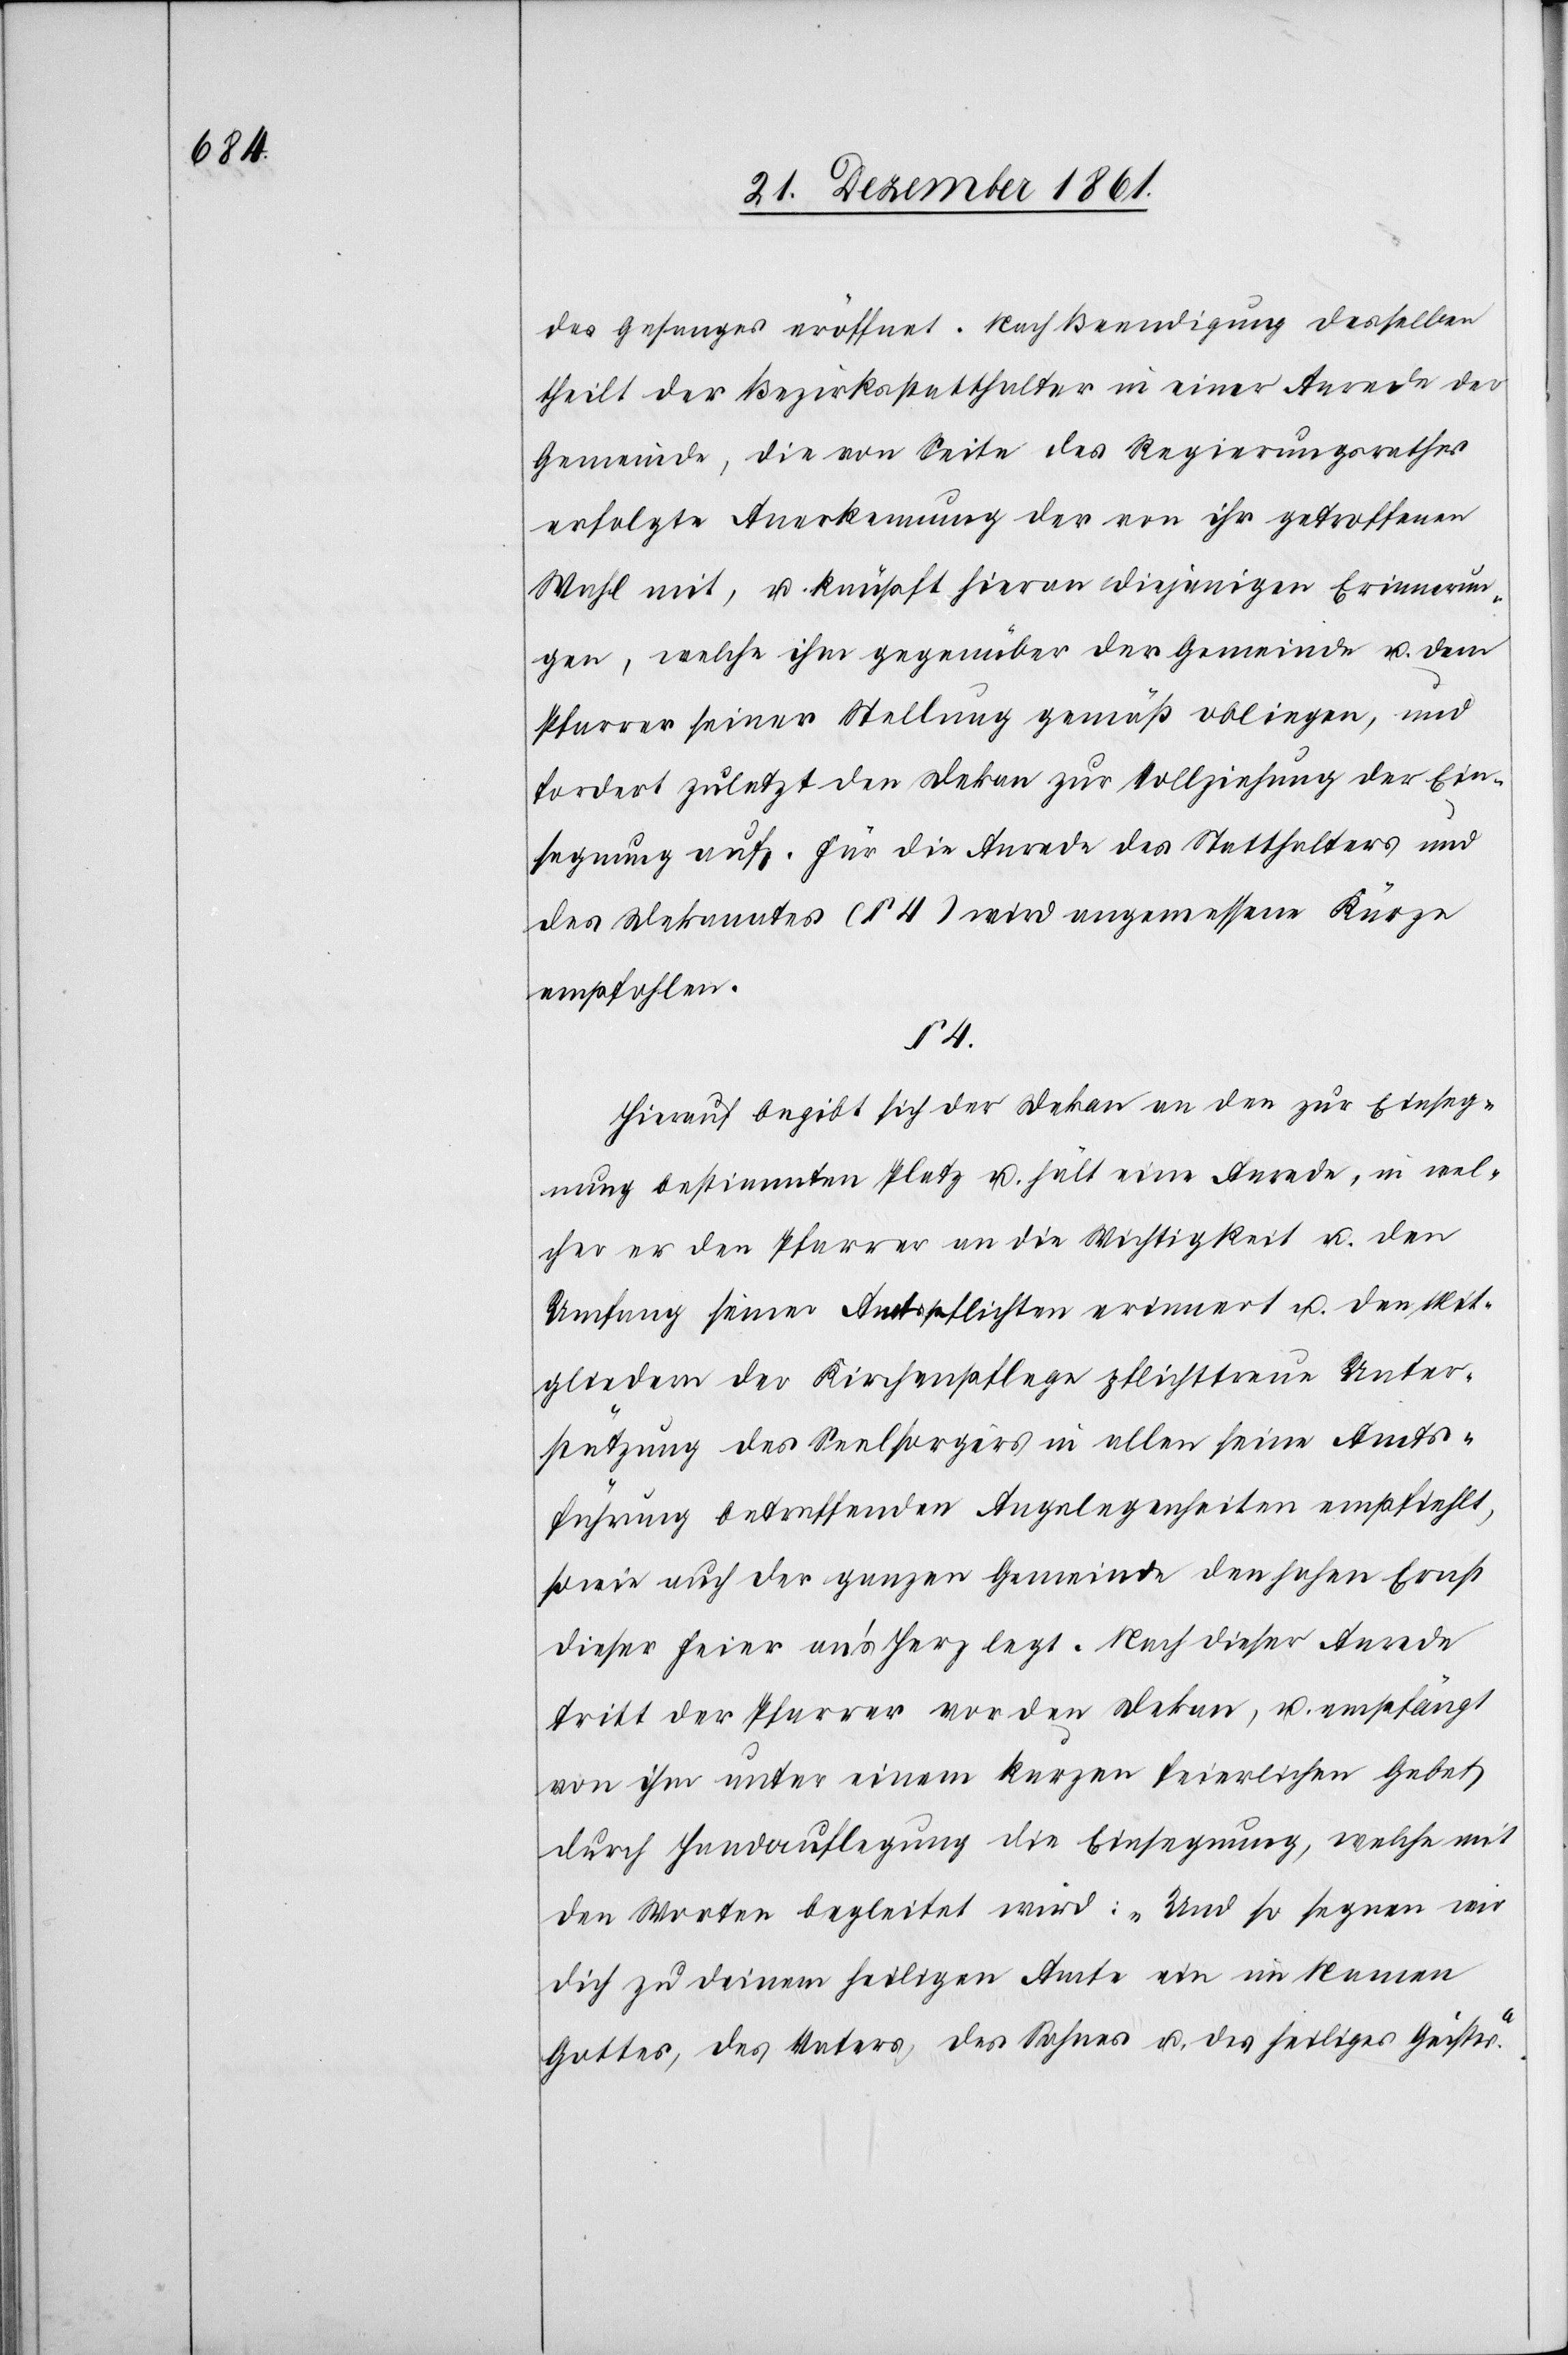
des Gesanges eröffnet. Nach Beendigung desselben
theilt der Bezirksstatthalter in einer Anrede der
Gemeinde, die von Seite des Regierungsrathes
erfolgte Anerkennung der von ihr getroffenen
Wahl mit, u. knüpft hieran diejenigen Erinnerun¬
gen, welche ihm gegenüber der Gemeinde u. dem
Pfarrer seiner Stellung gemäß obliegen, und
fordert zuletzt der Dekan zur Vollziehung der Ein¬
segnung auf. Für die Anrede des Statthalters und
des Dekanates (§ 4) wird angemessene Kürze
empfohlen.
§ 4.
Hierauf begibt sich der Dekan an den zur Einseg¬
nung bestimmten Platz u. hält eine Anrede, in wel¬
cher er den Pfarrer an die Wichtigkeit u. den
Umfang seiner Amtspflichten erinnert u. den Mit¬
gliedern der Kirchenpflege pflichttreue Unter¬
stützung des Seelsorgers in allen seine Amts¬
führung betreffenden Angelegenheiten empfiehlt,
sowie auch der ganzen Gemeinde dem hohen Ernst
dieser Feier an’s Herz legt. Nach dieser Anrede
tritt der Pfarrer vor den Dekan, u. empfängt
von ihm unter einem kurzen feierlichen Gebet
durch Handauflegung die Einsegnung, welche mit
den Worten begleitet wird: „Und so segnen wir
dich zu deinem heiligen Amte ein im Namen
Gottes, des Vaters, des Sohnes u. des heiligen Geistes.“